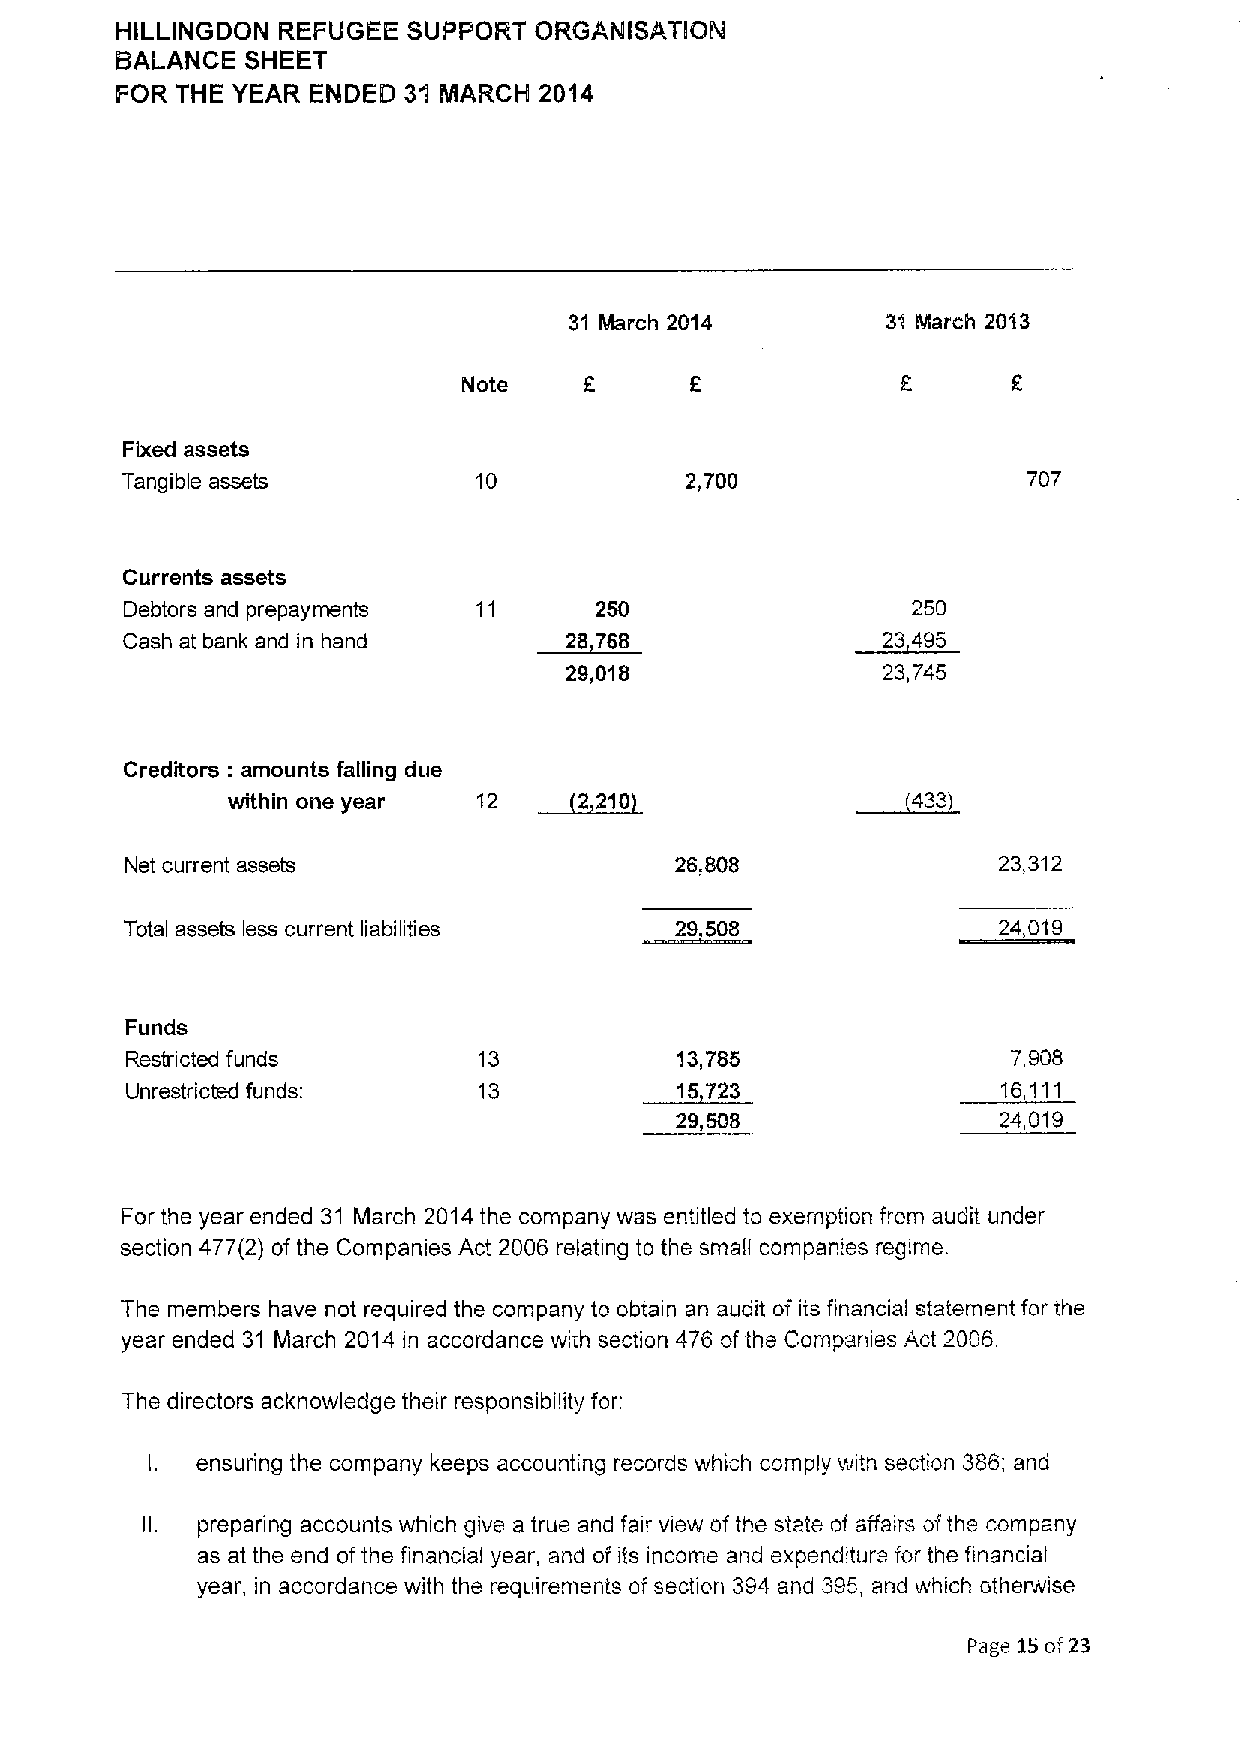
HILLINGDON REFUGEE SUPPORT ORGANISATllON
 BALANCE SHEET
 FOR THE YEAR ENDElD 31 MARCH 2014
 31 March 2014        31 March 2013
 Note           6
 Fixed assets
 Tangible assets         10           2,700                  707
 Currents assets
 Debtors and prepayments 11     250                  250
 Cash at bank and in hand     28 758               23 495
 29,018               23,745
 Creditors: amounts falling clue
 ~2210
 within one year  12                          433
 Net current assets                   26,808               23,312
 Total assets less current liabilities 29 508              24,019
 Funds
 Restricted funds        13           13,785                7,908
 Unrestricted funds:     13           15723                16,111
 29,508               24,019
 For the year ended 31 March 2014the company was entitled to exemption from audit under
 section 477(2) of the Companies Act 2006 relating to the small companies regime.
 The members have not required the company to obtain an audit of its financial statement for the
 year ended 31 March 2014 in accordance with section 476 of the Companies Act 2006.
 The directors acknowledge their responsibility for:
 ensuring the company keeps accounting records which comply with section 366; and
 preparing accounts which give a true and fair view of the state of affairs ofthe company
 as at the end ofthe financial year, and of its income and expenditure for the financial
 year, in accordance with the requirements of section 394 and 395, and which otherwise
 Page 15oi 23